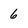
Character: 6